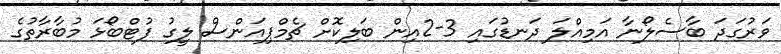
ވަރުގަދަ ބާސެލޯނާ އަމިއްލަ ދަނޑުގައި 3-2އިން ބަލިކޮށް ޗެމްޕިއަންސް ލީގު ފުޓްބޯޅަ މުބާރާތުގެ